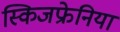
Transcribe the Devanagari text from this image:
स्किजफ्रेनिया